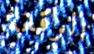
الرقعة